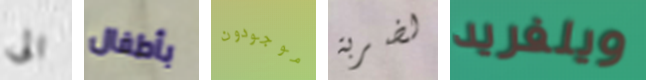
الى بأطفال موجودون لضربة ويلفريد